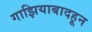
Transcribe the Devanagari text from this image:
गाझियाबादहून